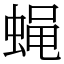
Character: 蝇